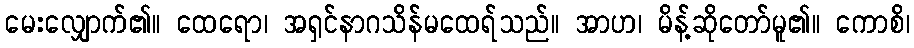
မေးလျှောက်၏။ ထေရော၊ အရှင်နာဂသိန်မထေရ်သည်။ အာဟ၊ မိန့်ဆိုတော်မူ၏။ ကောစိ၊